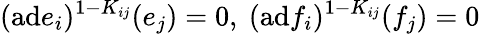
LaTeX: (\mathrm{ad}e_{i})^{1-K_{ij}}(e_{j})=0,~(\mathrm{ad}f_{i})^{1-K_{ij}}(f_{j})=0